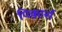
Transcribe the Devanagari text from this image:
पिक्कार्स